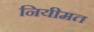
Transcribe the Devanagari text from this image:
नियीमत